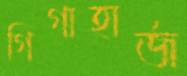
গিগাহার্জ